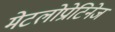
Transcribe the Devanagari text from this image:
मेटलोप्रोटिनेज